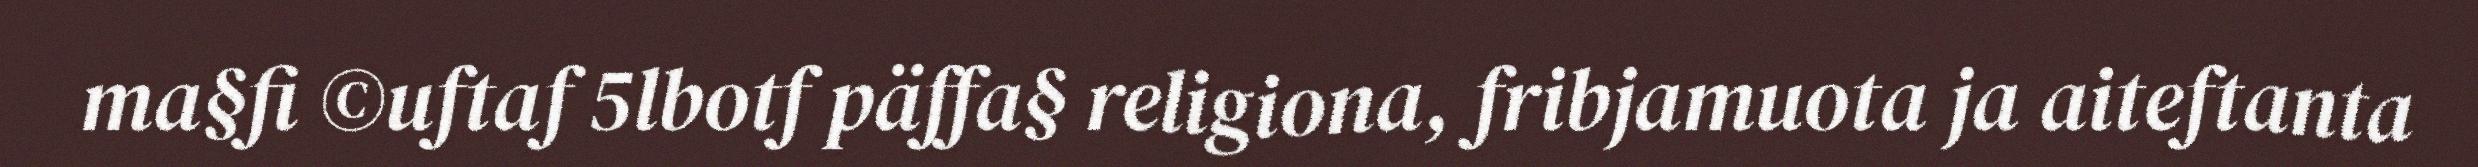
ma§fi ©uftaf 5lbotf päffa§ religiona, fribjamuota ja aiteftanta